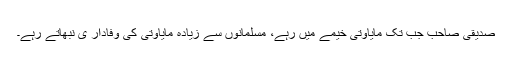
صدیقی صاحب جب تک مایاوتی خیمے میں رہے، مسلمانوں سے زیادہ مایاوتی کی وفادار ی نبھاتے رہے۔